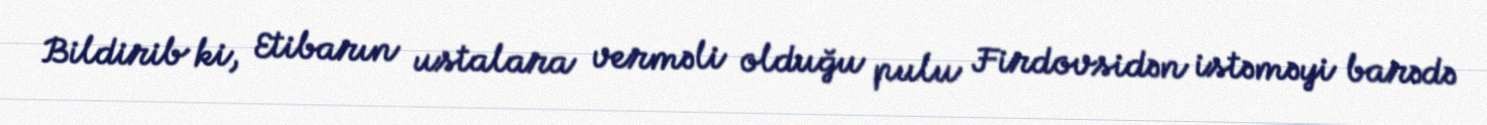
Bildirib ki, Etibarın ustalara verməli olduğu pulu Firdovsidən istəməyi barədə